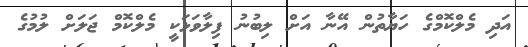
އަދި މެލްކޮމްގެ ހަޔާތުން އޭނާ އަށް ލިބުނު ފިލާވަޅަކީ މެލްކޮމް ޖަލަށް ލުމުގެ